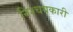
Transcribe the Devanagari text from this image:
निश्चयकारी